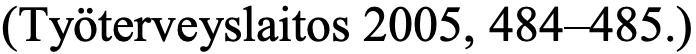
(Työterveyslaitos 2005, 484–485.)